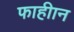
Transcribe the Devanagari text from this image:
फाहीान